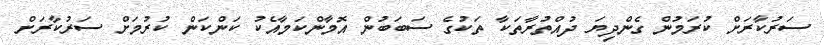
ސަރުކާރަށް ކުރަމުން ގެންދިޔަ ދުއްތުރާތަކާ ތަކުގެ ސަބަބުން އޮމާންކަމާއެކު ކަންކަން ކުރުމަށް ސަރުކާރަށް